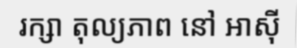
រក្សា តុល្យភាព នៅ អាស៊ី